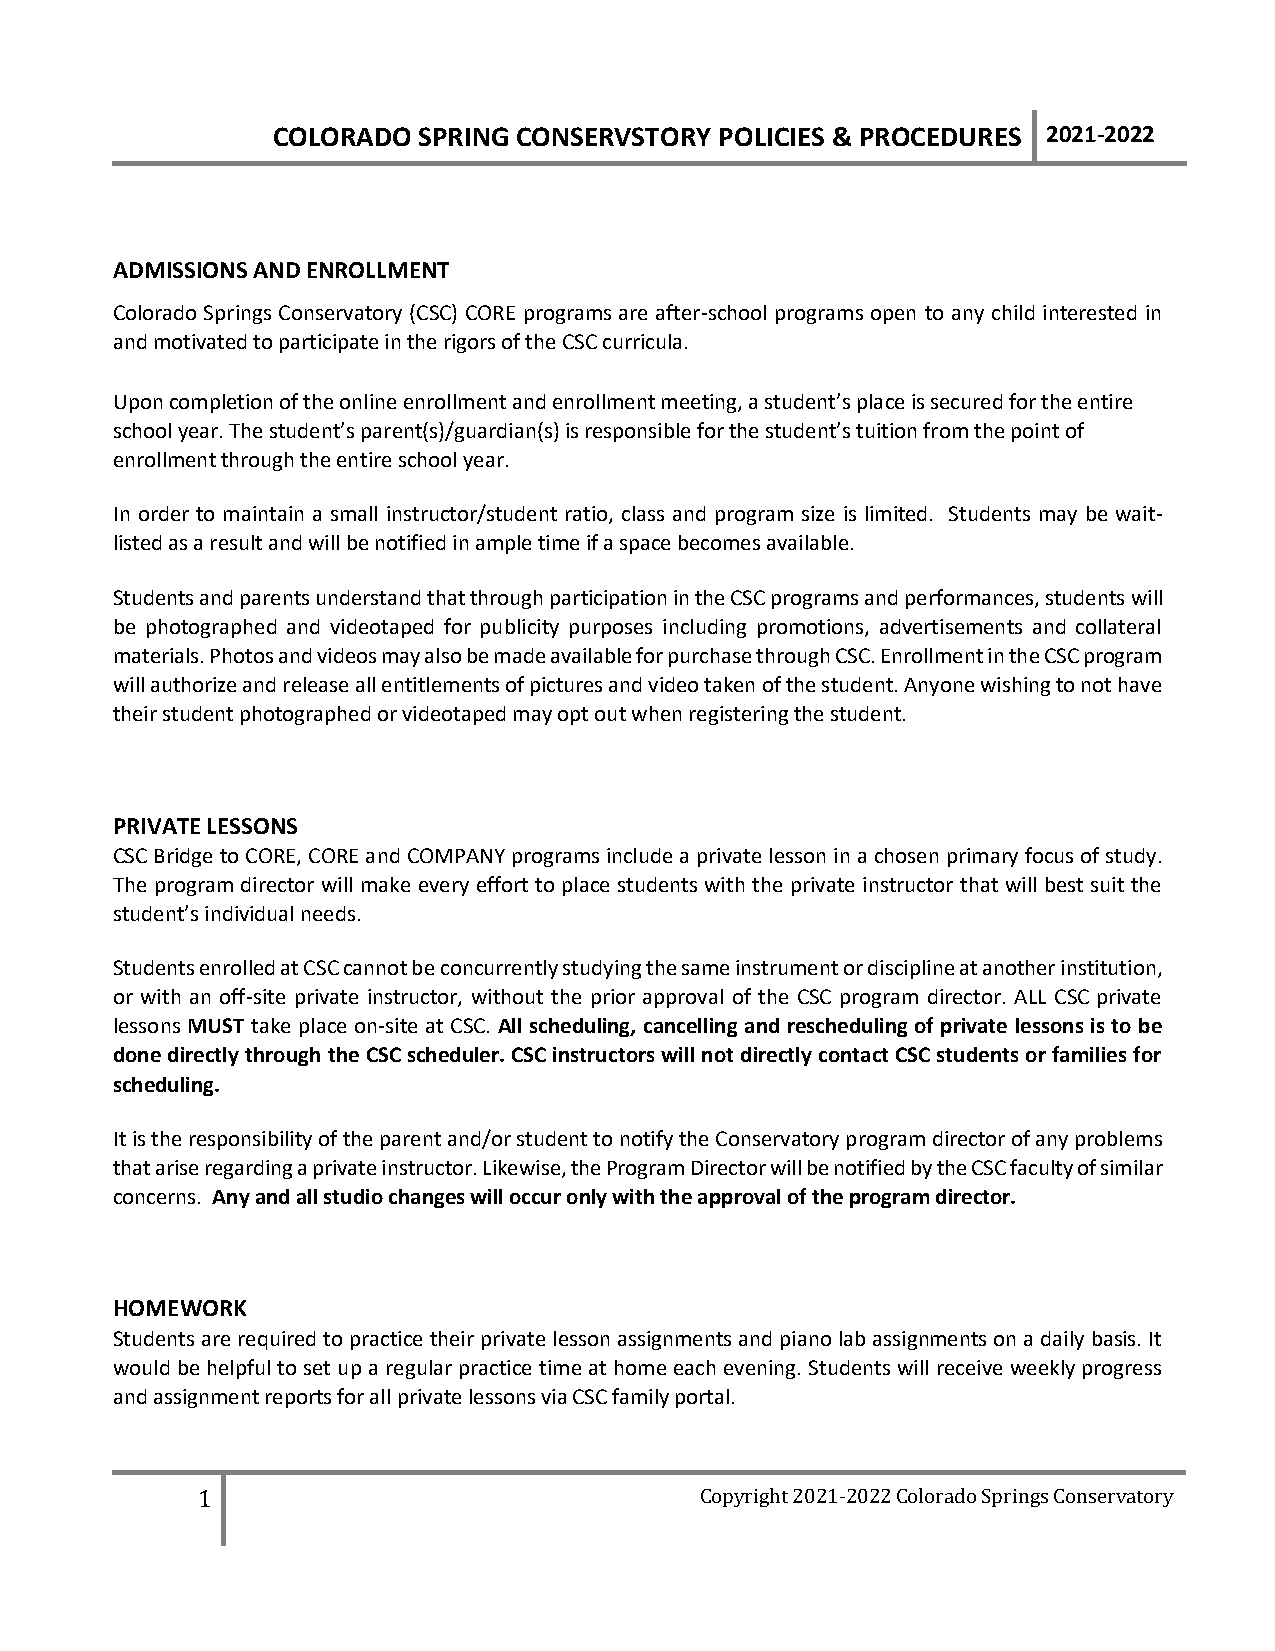
COLORADO  SPRING CONSERVSTORY POLICIES & PROCEDURES 2021-2022
 ADMISSIONS AND ENROLLMENT
 Colorado Springs Conservatory (CSC) CORE programs are after-school programs open to any child interested in
 and motivated to participate in the rigors of the CSC curricula.
 Upon completion of the online enrollment and enrollment meeting, a student’s place is secured for the entire
 school year. The student’s parent(s)/guardian(s) is responsible for the student’s tuition from the point of
 enrollment through the entire school year.
 In order to maintain a small instructor/student ratio, class and program size is limited. Students may be wait-
 listed as a result and will be notified in ample time if a space becomes available.
 Students and parents understand that through participation in the CSC programs and performances, students will
 be photographed and videotaped for publicity purposes including promotions, advertisements and collateral
 materials. Photos and videos may also be made available for purchase through CSC. Enrollment in the CSC program
 will authorize and release all entitlements of pictures and video taken of the student. Anyone wishing to not have
 their student photographed or videotaped may opt out when registering the student.
 PRIVATE LESSONS
 CSC Bridge to CORE, CORE and COMPANY programs include a private lesson in a chosen primary focus of study.
 The program director will make every effort to place students with the private instructor that will best suit the
 student’s individual needs.
 Students enrolled at CSC cannot be concurrently studying the same instrument or discipline at another institution,
 or with an off-site private instructor, without the prior approval of the CSC program director. ALL CSC private
 lessons MUST take place on-site at CSC. All scheduling, cancelling and rescheduling of private lessons is to be
 done directly through the CSC scheduler. CSC instructors will not directly contact CSC students or families for
 scheduling.
 It is the responsibility of the parent and/or student to notify the Conservatory program director of any problems
 that arise regarding a private instructor. Likewise, the Program Director will be notified by the CSC faculty of similar
 concerns. Any and all studio changes will occur only with the approval of the program director.
 HOMEWORK
 Students are required to practice their private lesson assignments and piano lab assignments on a daily basis. It
 would be helpful to set up a regular practice time at home each evening. Students will receive weekly progress
 and assignment reports for all private lessons via CSC family portal.
 1                                Copyright 2021-2022 Colorado Springs Conservatory